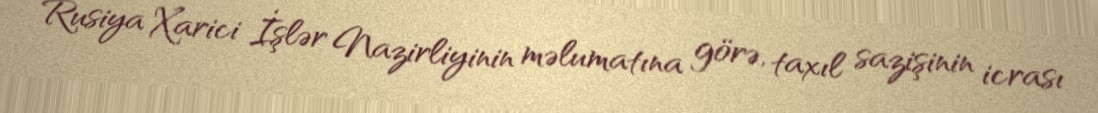
Rusiya Xarici İşlər Nazirliyinin məlumatına görə, taxıl sazişinin icrası